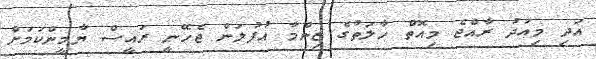
އަދި މިއަދު ރާއްޖެ މިއޮތް ހާލަތުގެ ޒިންމާ އުފުލަން ޖެހޭނީ ރައީސް ޔާމީންކަމަށް